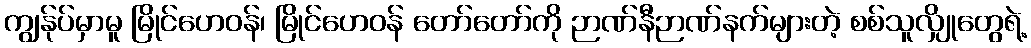
ကျွန်ုပ်မှာမူ မြိုင်ဟေဝန်၊ မြိုင်ဟေဝန် တော်တော်ကို ဉာဏ်နီဉာဏ်နက်များတဲ့ စစ်သူလျှိုတွေရဲ့